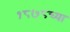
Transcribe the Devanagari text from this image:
१८७८च्या